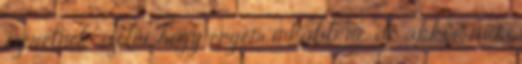
szeretnék szólni, hogy engem inkább ne, de akkor rám